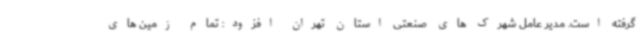
گرفته است. مدیر عامل شهرک های صنعتی استان تهران افزود: تمام زمین های